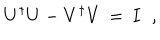
LaTeX: U ^ { \dagger } U - V ^ { \dagger } V \, = \, I \; \; ,